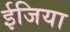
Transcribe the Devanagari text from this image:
ईजिया